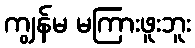
ကျွန်မ မကြားဖူးဘူး